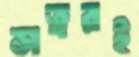
সত্বরই